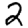
Digit: 2